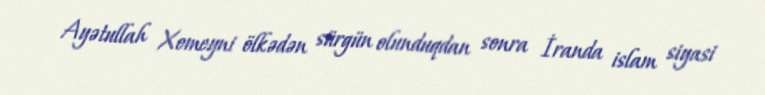
Ayətullah Xomeyni ölkədən sürgün olunduqdan sonra İranda islam siyasi